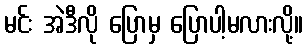
မင်း အဲဒီလို ပြောမှ ပြောပါ့မလားလို့။